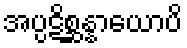
အပ္ပဋိစ္ဆန္နာယောပိ